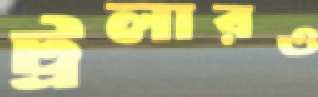
ট্রলারও